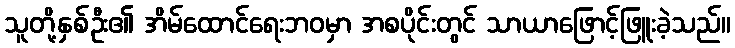
သူတို့နှစ်ဦး၏ အိမ်ထောင်ရေးဘဝမှာ အစပိုင်းတွင် သာယာဖြောင့်ဖြူးခဲ့သည်။